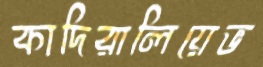
কাদিরালিয়েভ